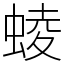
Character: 䗀